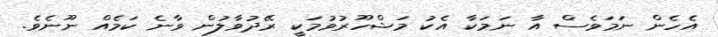
އެހެން ނަމަވެސް އާ ނަމަކާ އެކު މަޝްހޫރުވުމަކީ ރޭދުވާލުން ވާނެ ކަމެއް ނޫނެވެ.